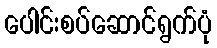
ပေါင်းစပ်ဆောင်ရွက်ပုံ